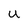
Character: u